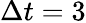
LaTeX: \Delta t=3